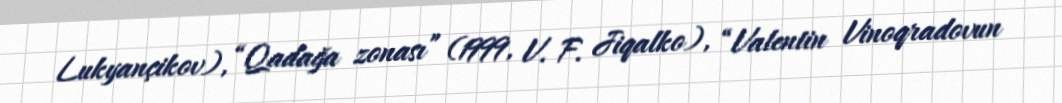
Lukyançikov), “Qadağa zonası” (1999, V. F. Jiqalko), “Valentin Vinoqradovun